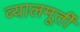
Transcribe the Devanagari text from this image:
व्यालमूर्ती